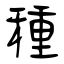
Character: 種